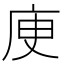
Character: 𢈔